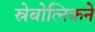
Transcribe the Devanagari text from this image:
स्रेबोत्निकने